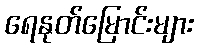
ရေနုတ်မြောင်းများ